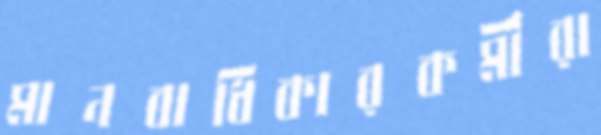
মানবাধিকারকর্মীরা